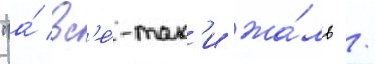
"а́ вс'е́-так'и жа́ль /